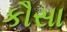
કૌસા